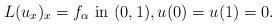
LaTeX: \begin{align*} L(u_{x})_x=f_\alpha \mbox{ in } (0,1), u(0)=u(1)=0.\end{align*}